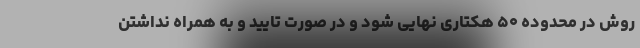
روش در محدوده ۵۰ هکتاری نهایی شود و در صورت تایید و به همراه نداشتن